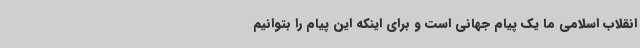
انقلاب اسلامی ما یک پیام جهانی است و برای اینکه این پیام را بتوانیم